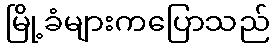
မြို့ခံများကပြောသည်